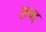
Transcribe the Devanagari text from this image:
रुष्द